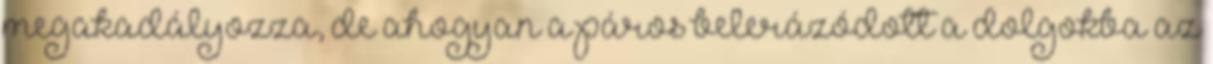
megakadályozza, de ahogyan a páros belerázódott a dolgokba az